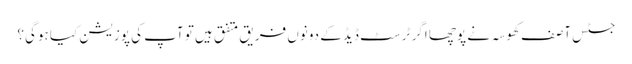
جسٹس آصف کھوسہ نے پوچھا اگر ٹرسٹ ڈیڈ کے دونوں فریق متفق ہیں تو آپ کی پوزیشن کیا ہوگی؟